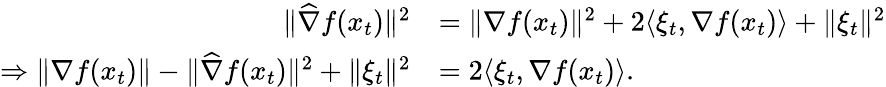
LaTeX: \begin{array}{rl}{\| \widehat{\nabla}f(x_{t})\| ^{2}}&{=\| \nabla f(x_{t})\| ^{2}+2\langle\xi_{t},\nabla f(x_{t})\rangle+\| \xi_{t}\| ^{2}}\\ {\Rightarrow\| \nabla f(x_{t})\| -\| \widehat{\nabla}f(x_{t})\| ^{2}+\| \xi_{t}\| ^{2}}&{=2\langle\xi_{t},\nabla f(x_{t})\rangle.}\end{array}